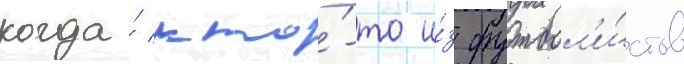
когда́ кто́-то и́з футбол'и́стов